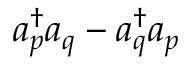
a _ { p } ^ { \dagger } a _ { q } - a _ { q } ^ { \dagger } a _ { p }